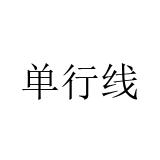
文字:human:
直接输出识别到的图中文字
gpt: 单行线